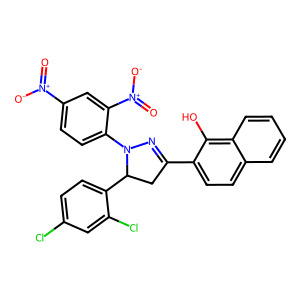
SMILES: O=[N+]([O-])c1ccc(N2N=C(c3ccc4ccccc4c3O)CC2c2ccc(Cl)cc2Cl)c([N+](=O)[O-])c1
Inhibits HIV replication: No